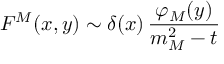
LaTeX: F ^ { M } ( x , y ) \sim \delta ( x ) \, \frac { \varphi _ { M } ( y ) } { m _ { M } ^ { 2 } - t }